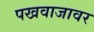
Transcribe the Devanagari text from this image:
पखवाजावर